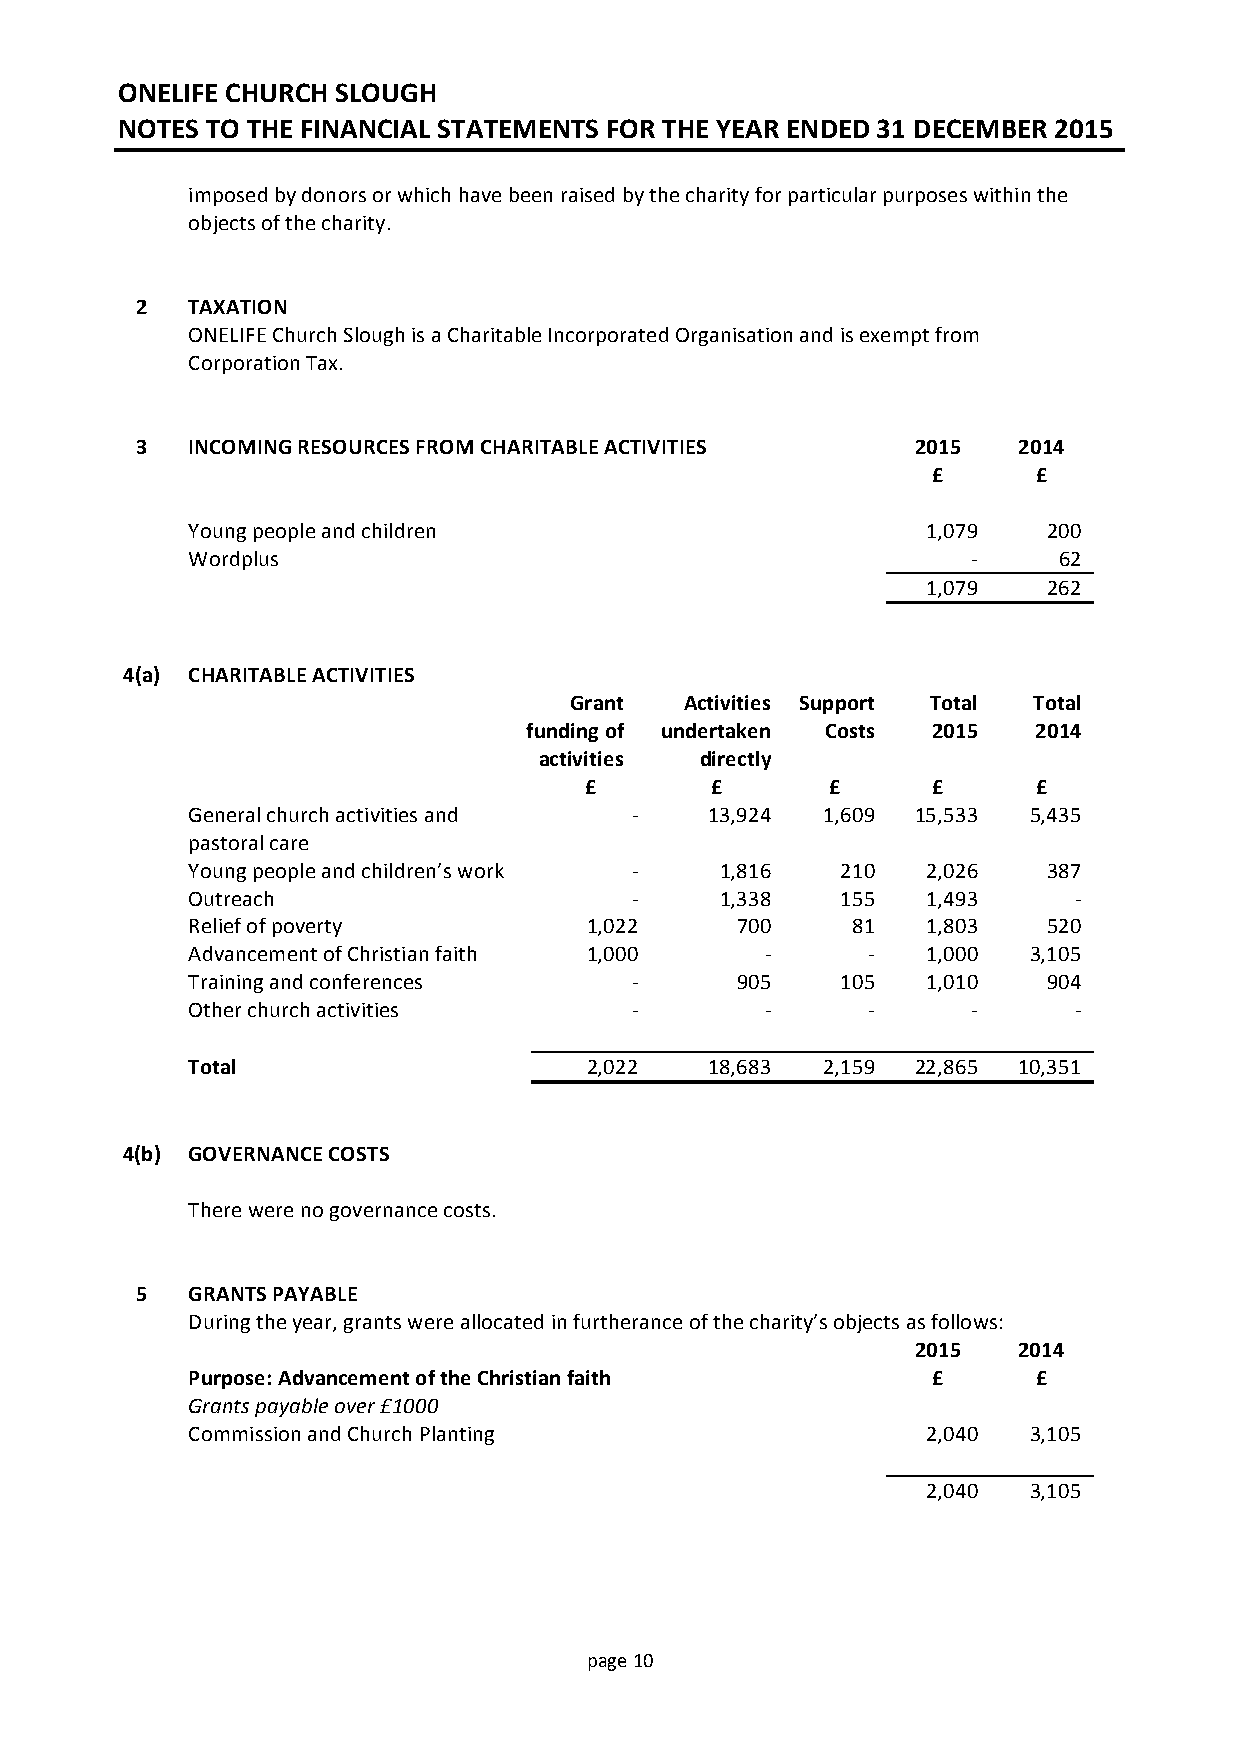
ONELIFE CHURCH SLOUGH
 NOTES TO THE FINANCIAL STATEMENTS FOR THE YEAR ENDED 31 DECEMBER 2015
 imposed by donors or which have been raised by the charity for particular purposes within the
 objects of the charity.
 2  TAXATION
 ONELIFE Church Slough is a Charitable Incorporated Organisation and is exempt from
 Corporation Tax.
 3  INCOMING RESOURCES FROM CHARITABLE ACTIVITIES    2015  2014
 £      £
 Young people and children                        1,079   200
 Wordplus                                            -     62
 1,079   262
 4(a) CHARITABLE ACTIVITIES
 Grant  Activities Support Total Total
 funding of undertaken Costs 2015 2014
 activities directly
 £       £       £      £      £
 General church activities and -    13,924 1,609  15,533 5,435
 pastoral care
 Young people and children’s work -  1,816   210  2,026   387
 Outreach                      -     1,338   155  1,493     -
 Relief of poverty          1,022     700    81   1,803   520
 Advancement of Christian faith 1,000   -     -   1,000  3,105
 Training and conferences      -      905    105  1,010   904
 Other church activities       -        -     -      -      -
 Total                      2,022   18,683 2,159  22,865 10,351
 4(b) GOVERNANCE COSTS
 There were no governance costs.
 5  GRANTS PAYABLE
 During the year, grants were allocated in furtherance of the charity’s objects as follows:
 2015  2014
 Purpose: Advancement of the Christian faith       £      £
 Grants payable over £1000
 Commission and Church Planting                   2,040  3,105
 2,040  3,105
 page 10